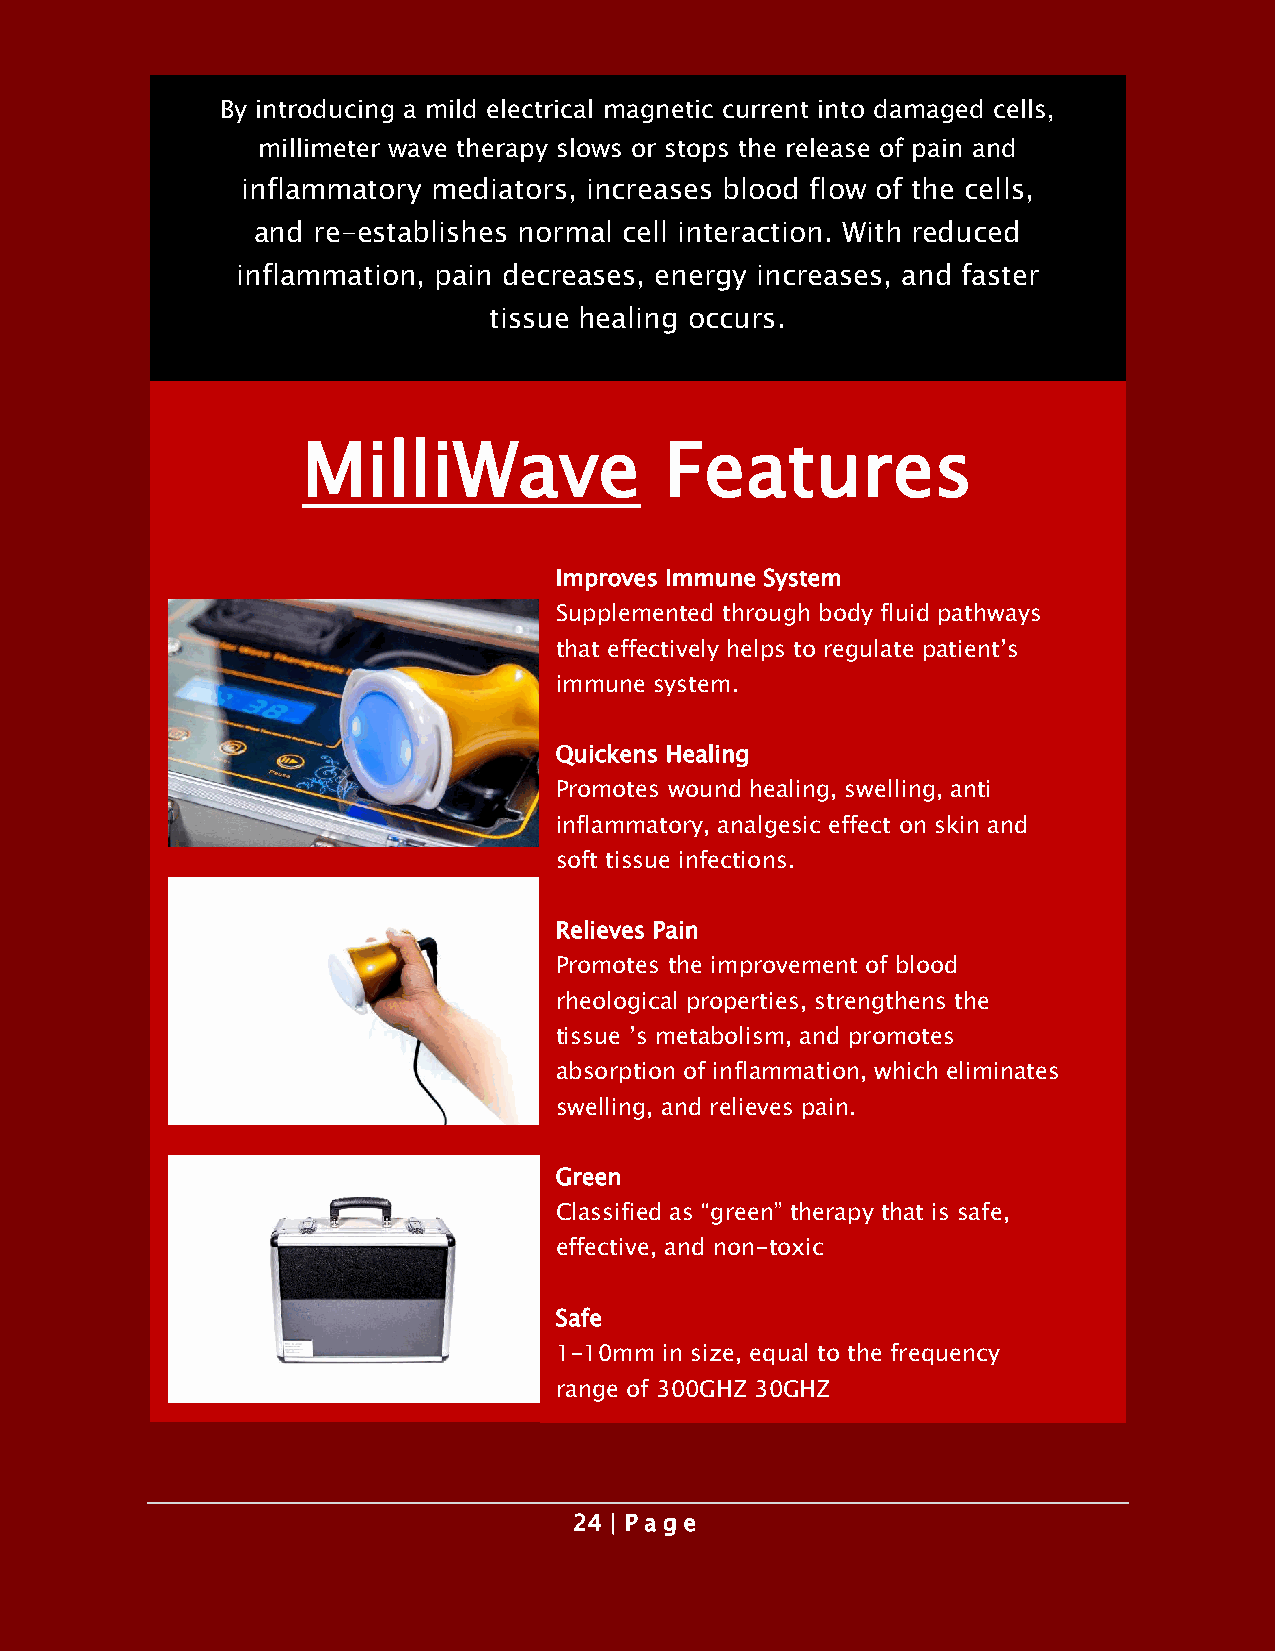
By introducing a mild electrical magnetic current into damaged cells,
 millimeter wave therapy slows or stops the release of pain and
 inflammatory mediators, increases blood flow of the cells,
 and re-establishes normal cell interaction. With reduced
 inflammation, pain decreases, energy increases, and faster
 tissue healing occurs.
 MilliWave               Features
 Improves Immune System
 Supplemented through body fluid pathways
 that effectively helps to regulate patient’s
 immune system.
 Quickens Healing
 Promotes wound healing, swelling, anti
 inflammatory, analgesic effect on skin and
 soft tissue infections.
 Relieves Pain
 Promotes the improvement of blood
 rheological properties, strengthens the
 tissue ’s metabolism, and promotes
 absorption of inflammation, which eliminates
 swelling, and relieves pain.
 Green
 Classified as “green” therapy that is safe,
 effective, and non-toxic
 Safe
 1-10mm in size, equal to the frequency
 range of 300GHZ 30GHZ
 24 | P a ge